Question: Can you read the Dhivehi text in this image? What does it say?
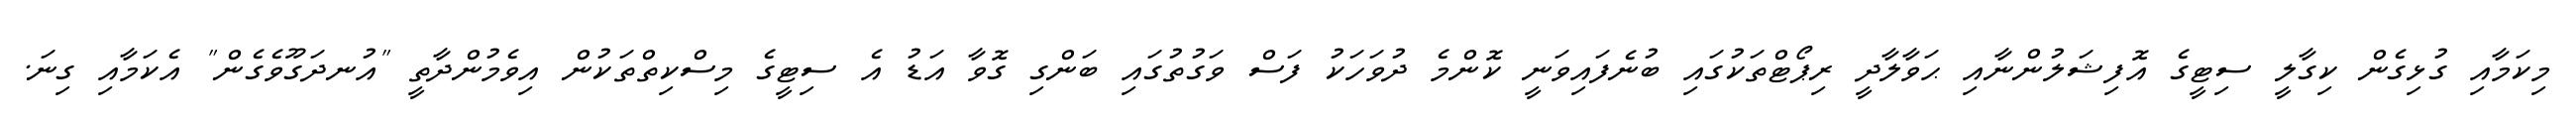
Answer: މިކަމާއި ގުޅިގެން ކިގާލީ ސިޓީގެ އޮފިޝަލުންނާއި ޙަވާލާދީ ރިޕޯޓްތަކުގައި ބުނެފައިވަނީ ކޮންމެ ދުވަހަކު ފަސް ވަގުތުގައި ބަންގި ގޮވާ އަޑު އެ ސިޓީގެ މިސްކިތްތަކުން އިވެމުންދާތީ "އުނދަގޫވެގެން" އެކަމާއި ގިނަ.